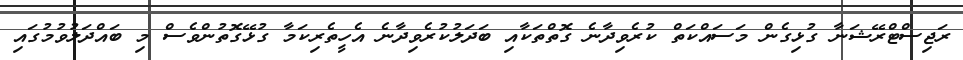
ރަޖިސްޓްރޭޝަނާ ގުޅިގެން މަސައްކަތް ކުރެވިދާނެ ގޮތްތަކާއި ބަދަލުކުރެވިދާނެ އެހީތެރިކަމާ ގުޅޭގޮތުންވެސް މި ބައްދަލުވުމުގައި